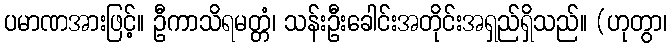
ပမာဏအားဖြင့်။ ဦကာသိရမတ္တံ၊ သန်းဦးခေါင်းအတိုင်းအရှည်ရှိသည်။ (ဟုတွာ၊